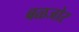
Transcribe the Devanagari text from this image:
बळजोर